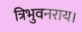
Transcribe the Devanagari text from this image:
त्रिभुवनराय।